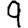
Digit: 9